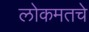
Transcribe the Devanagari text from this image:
लोकमतचे